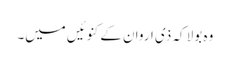
وہ بولا کہ ذی اروان کے کنوئیں میں۔